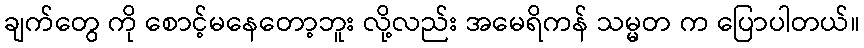
ချက်တွေ ကို စောင့်မနေတော့ဘူး လို့လည်း အမေရိကန် သမ္မတ က ပြောပါတယ်။